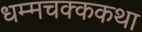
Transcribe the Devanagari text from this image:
धम्मचक्ककथा